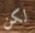
لكن